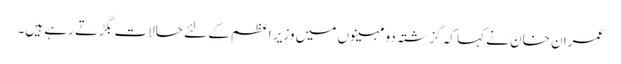
عمران خان نے کہا کہ گزشتہ دو مہینوں میں وزیرِ اعظم کے لئے حالات بگڑتے رہے ہیں۔